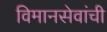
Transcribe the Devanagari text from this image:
विमानसेवांची